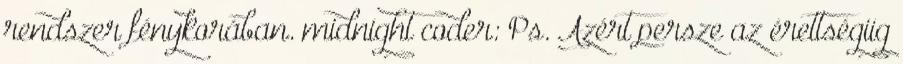
rendszer fénykorában. midnight coder: Ps. Azért persze az érettségiig